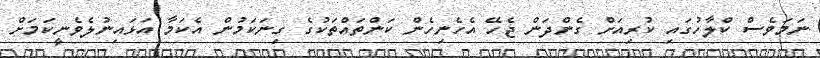
ނަމަވެސް ކްލާހުގައި ކުރިއަށް ގެންދަން ޖެހޭ އެހެނިހެން ކަންތައްތަކުގެ ގިނަކަމުން އެކަމާ އަޅައިނުލެވެނީކަމަށް